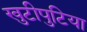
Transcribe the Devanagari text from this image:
खुटीपुटिया